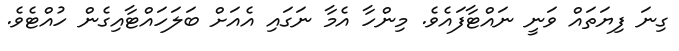
ގިނަ ފިޔަތައް ވަނީ ނައްޓާފައެވެ. މިންހާ އެމާ ނަގައި އެއަށް ބަލަހައްޓާއިގެން ހުއްޓެވެ.